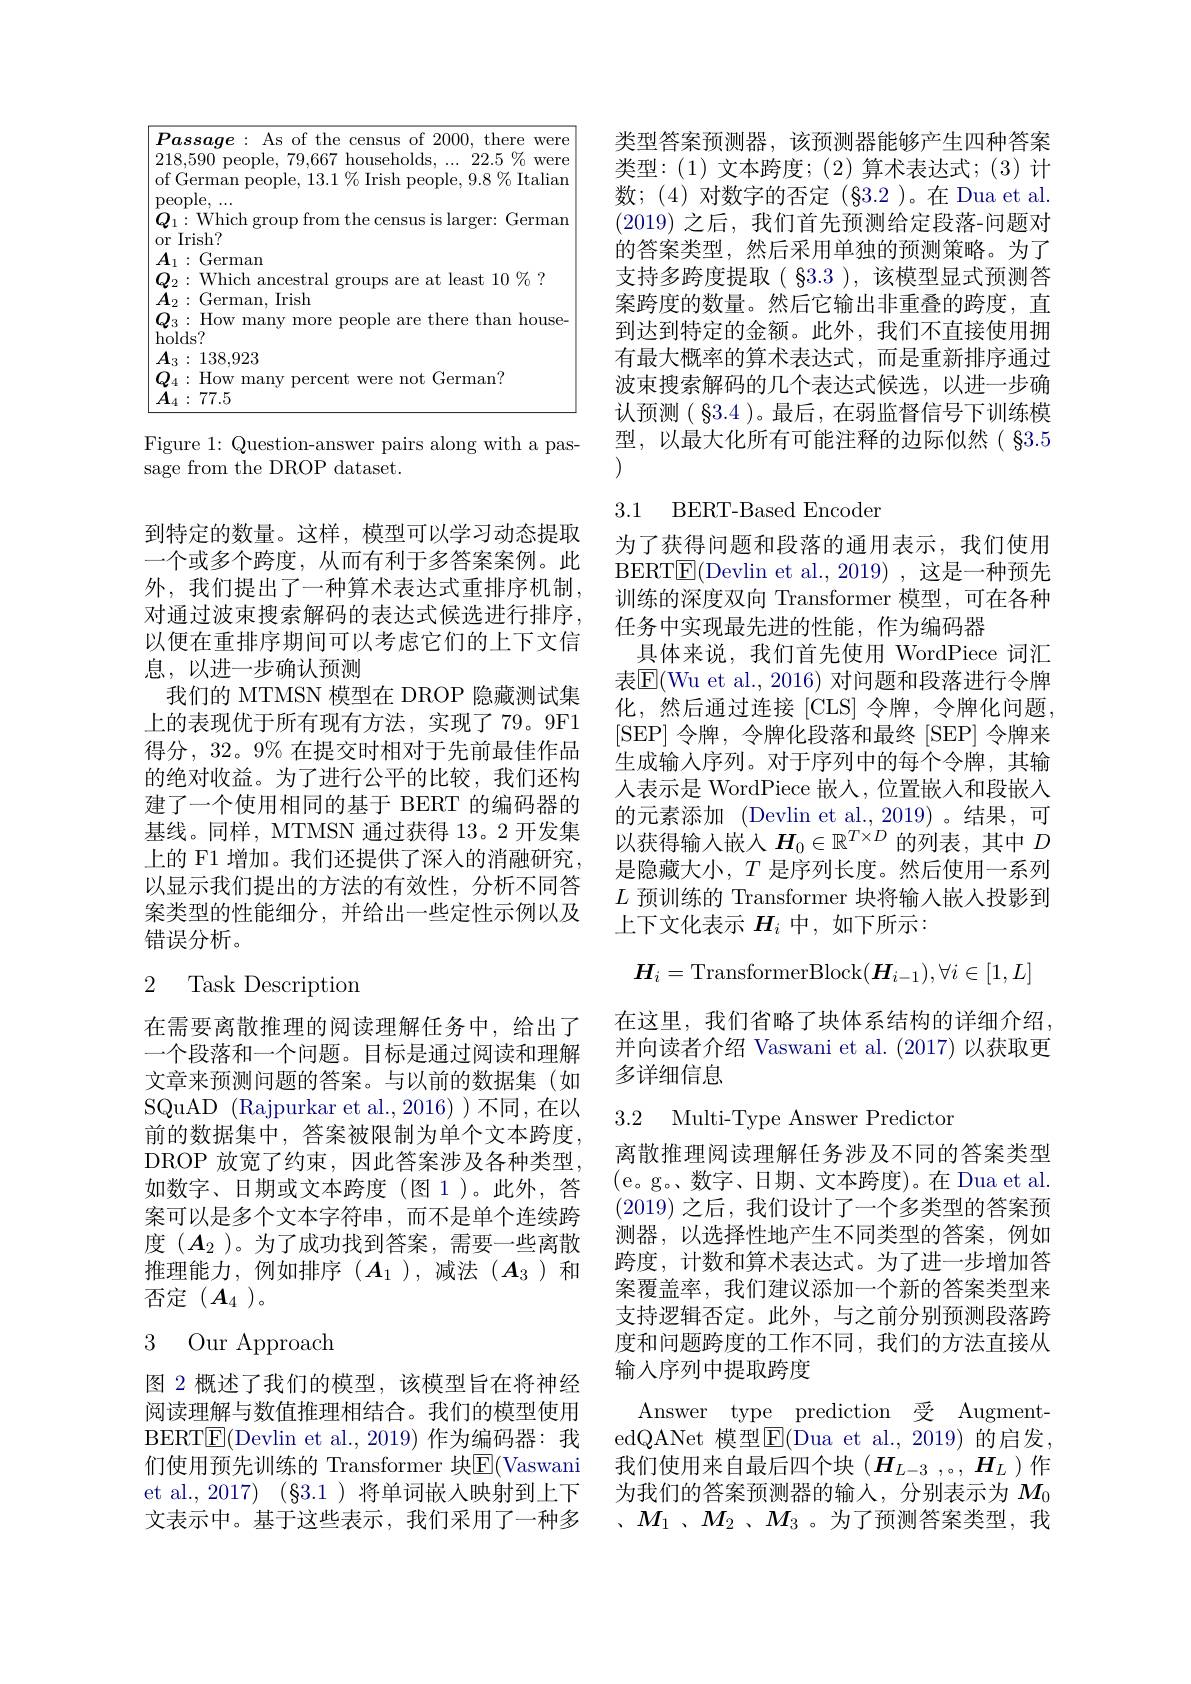
<table>
	<tbody>
		<tr>
			<td> </td>
			<td>there msus $2(m)$ trer</td>
		</tr>
		<tr>
			<td> </td>
			<td>people, 79,667 households, . . . 22. 5$\%$ were nan people, $13.1\%$Irish people, $9.8\%$Italiar</td>
		</tr>
		<tr>
			<td> </td>
			<td>38,923 ow many percent were not German? 7.5</td>
		</tr>
	</tbody>
</table>

Figure 1: Question-answer pairs along with a pas-
sage from the DROP dataset.

到特定的数量。这样，模型可以学习动态提取一个或多个跨度，从而有利于多答案案例。此外，我们提出了一种算术表达式重排序机制， 对通过波束搜索解码的表达式候选进行排序， 以便在重排序期间可以考虑它们的上下文信息，以进一步确认预测
我们的 MTMSN 模型在 DROP 隐藏测试集上的表现优于所有现有方法，实现了 79。9F1得分，32。9% 在提交时相对于先前最佳作品的绝对收益。为了进行公平的比较，我们还构建了一个使用相同的基于 BERT 的编码器的基线。同样，MTMSN 通过获得 13。2 开发集上的 F1 增加。我们还提供了深人的消融研究， 以显示我们提出的方法的有效性，分析不同答案类型的性能细分，并给出一些定性示例以及错误分析。

## 2 Task Description

在需要离散推理的阅读理解任务中，给出了一个段落和一个问题。目标是通过阅读和理解文章来预测问题的答案。与以前的数据集(如SQuAD (Rajpurkar et al.,2016) )不同，在以前的数据集中，答案被限制为单个文本跨度， DROP 放宽了约束，因此答案涉及各种类型， 如数字、日期或文本跨度(图1)。此外，答案可以是多个文本字符串，而不是单个连续跨度$(A_2$ )。为了成功找到答案，需要一些离散推理能力，例如排序($A_1$),减法($A_3$)和否定($\boldsymbol{A}_4)$。

# 3 Our Approach

图 2 概述了我们的模型，该模型旨在将神经阅读理解与数值推理相结合。我们的模型使用BERT$\boxed{\mathrm{E}}($Devlin et al.,2019)作为编码器：我文表示中。基于这些表示，我们采用了一种多

类型答案预测器，该预测器能够产生四种答案类型：(1)文本跨度；(2)算术表达式；(3)计数；(4)对数字的否定(§3.2)。在 Dua et al. (2019)之后，我们首先预测给定段落-问题对的答案类型，然后采用单独的预测策略。为了支持多跨度提取( $\S3.3$ ),该模型显式预测答案跨度的数量。然后它输出非重叠的跨度，直到达到特定的金额。此外，我们不直接使用拥有最大概率的算术表达式，而是重新排序通过波束搜索解码的几个表达式候选，以进一步确认预测( $\S3.4$ )。最后，在弱监督信号下训练模型，以最大化所有可能注释的边际似然( $\S3.5$

## 3.1 BERT-Based Encoder

为了获得问题和段落的通用表示，我们使用BERT$\underline{\mathrm{E}}($Devlin et al., 2019) , 这是一种预先训练的深度双向 Transformer 模型，可在各种任务中实现最先进的性能，作为编码器
具体来说，我们首先使用 WordPiece 词汇表$\mathbb{E}($Wu et al., 2016) 对问题和段落进行令牌化，然后通过连接[CLS]令牌，令牌化问题， [SEP] 令牌，令牌化段落和最终 [SEP] 令牌来生成输人序列。对于序列中的每个令牌，其输人表示是 WordPiece 嵌人，位置嵌入和段嵌人的元素添加 (Devlin et al.,2019)。结果，可以获得输入嵌入$H_0\in\mathbb{R}^{T\times D}$ 的列表，其中 $D$ 是隐藏大小，$T$是序列长度。然后使用一系列$L$预训练的 Transformer 块将输入嵌入投影到上下文化表示$H_i$中，如下所示：
$$H_i=\text{TransformerBlock}(\boldsymbol{H}_{i-1}),\forall i\in[1,L]$$
在这里，我们省略了块体系结构的详细介绍， 并向读者介绍 Vaswani et al. (2017)以获取更多详细信息

3.2 Multi-Type Answer Predicton

离散推理阅读理解任务涉及不同的答案类型(e。g。数字、日期、文本跨度)。在 Dua et al. (2019)之后，我们设计了一个多类型的答案预测器，以选择性地产生不同类型的答案，例如跨度，计数和算术表达式。为了进一步增加答案覆盖率，我们建议添加一个新的答案类型来支持逻辑否定。此外，与之前分别预测段落跨度和问题跨度的工作不同，我们的方法直接从输入序列中提取跨度
Answer type prediction 受 AugmentedQANet 模型$\overline{\mathrm{E}}($Dua et al.,2019)的启发，
们使用预先训练的 Transformer 块$\mathbb{E}($Vaswani 我们使用来自最后四个块 $(H_{L-3},。,H_L)$ 作et al.,2017) (§3.1 )将单词嵌人映射到上下 为我们的答案预测器的输入，分别表示为$M_{0}$
、$M_1$ 、$M_2$ 、$M_3$ 。为了预测答案类型，我